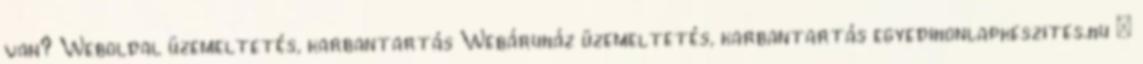
van? Weboldal üzemeltetés, karbantartás Webáruház üzemeltetés, karbantartás egyedihonlapkeszites.hu »